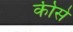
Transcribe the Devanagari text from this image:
कीसे